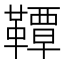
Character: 𫖊